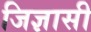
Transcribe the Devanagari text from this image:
जिज्ञासी